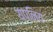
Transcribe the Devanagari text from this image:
यपनिय